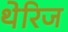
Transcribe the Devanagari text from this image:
थेरिज